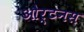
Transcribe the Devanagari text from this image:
और्टनस